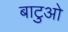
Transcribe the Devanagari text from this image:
बाटुओ